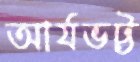
আর্যভট্ট